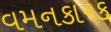
વમનકારક